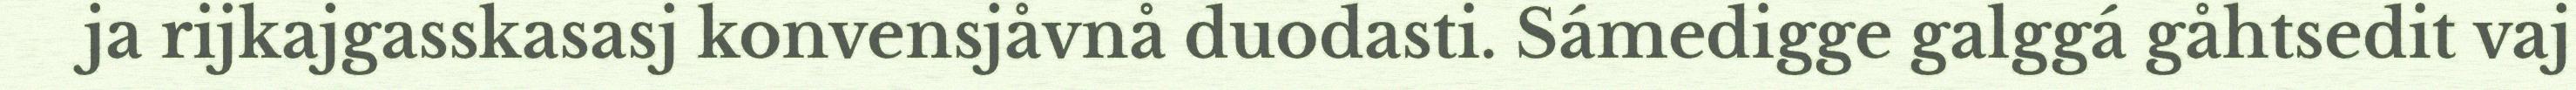
ja rijkajgasskasasj konvensjåvnå duodasti. Sámedigge galggá gåhtsedit vaj